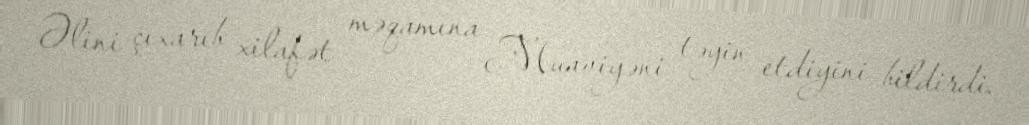
Əlini çıxarıb xilafət məqamına Muaviyəni təyin etdiyini bildirdi.